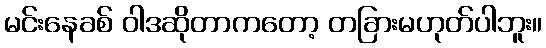
မင်းနေခစ် ဝါဒဆိုတာကတော့ တခြားမဟုတ်ပါဘူး။